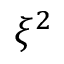
\xi ^ { 2 }